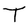
Character: T